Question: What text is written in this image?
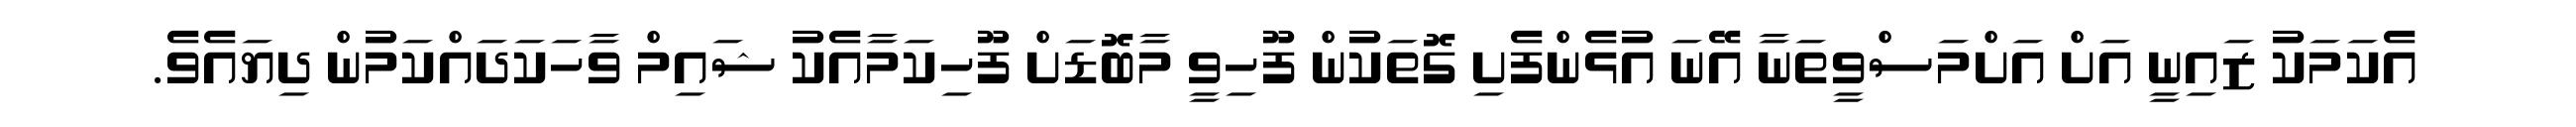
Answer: އެކަމަކު ޒައިނީ އަށް އަށްމަސްވީތަނާ އޭނަ އުޅެންފެށި ގޮތަކުން ފޫހިވީ މާބޮޑަށް ފޫހިކަމާއެކު ޝައިމް ވާހަކަދައްކަމުން ދިޔައެވެ.